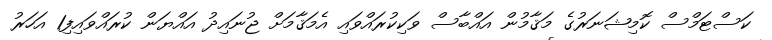
ކަސްޓަމްސް ކޮމިޝަނަރުގެ މަޤާމުން އައްބާސް ވަކިކުރައްވައި އެމަޤާމަށް ޖުނައިދު އައްޔަން ކުރައްވައިފި1 އަހަރު